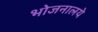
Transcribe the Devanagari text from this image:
भोजनालये